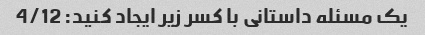
یک مسئله داستانی با کسر زیر ایجاد کنید: 4/12